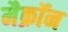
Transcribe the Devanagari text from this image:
मैक्रॉन